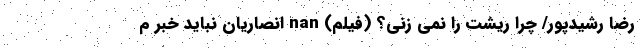
رضا رشیدپور/ چرا ریشت را نمی زنی؟ (فیلم) nan انصاریان نباید خبر م